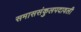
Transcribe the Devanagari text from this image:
समाससंकुलपदावली